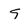
Character: 9